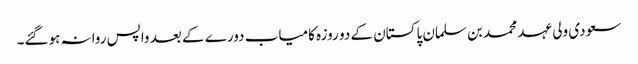
سعودی ولی عہد محمد بن سلمان پاکستان کے دو روزہ کامیاب دورے کے بعد واپس روانہ ہوگئے۔